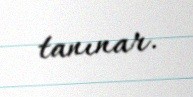
tanınar.